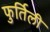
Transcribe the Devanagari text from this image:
फुर्तिली